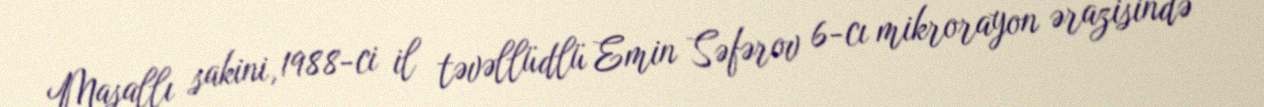
Masallı sakini, 1988-ci il təvəllüdlü Emin Səfərov 6-cı mikrorayon ərazisində